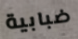
ضبابية